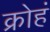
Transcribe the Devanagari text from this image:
क्रोहं